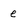
Character: e